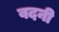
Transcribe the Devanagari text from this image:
वदनी